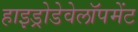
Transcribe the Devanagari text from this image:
हाइड्रोडेवेलॉपमेंट